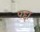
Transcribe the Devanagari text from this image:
पद्दा